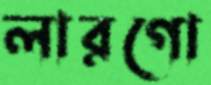
লারগো